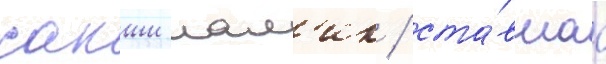
сакши мал'ик / ста́вшаа